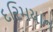
દરિમયાન